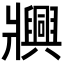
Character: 𬌐